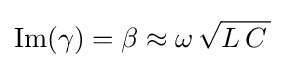
\operatorname {Im} (\gamma )=\beta \approx \omega \,{\sqrt {L\,C\,}}~